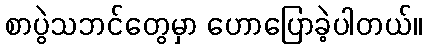
စာပွဲသဘင်တွေမှာ ဟောပြောခဲ့ပါတယ်။